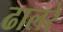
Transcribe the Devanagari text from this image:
ढालरे